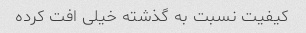
کیفیت نسبت به گذشته خیلی افت کرده